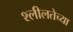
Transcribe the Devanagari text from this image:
श्लीलतेच्या